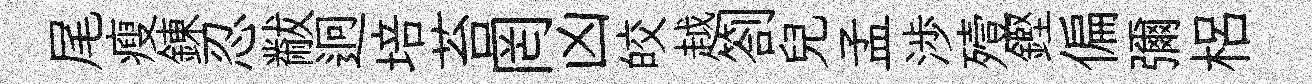
尾瘦錬忍黻迥培苔罔凶皎越劄兒孟渉殪鏗偏彌梠